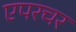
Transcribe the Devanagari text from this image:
एपरचर